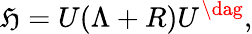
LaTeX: \mathfrak{H}=U(\Lambda+R)U^{\dag},